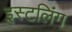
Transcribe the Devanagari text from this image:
इस्टलिंग